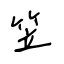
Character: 笠